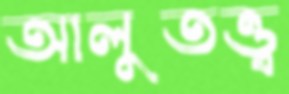
আলুতত্ত্ব